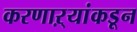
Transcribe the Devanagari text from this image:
करणाऱ्यांकडून